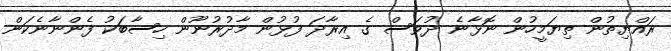
ރައްޔިތުން ތިޔަމީހުން ނޮޅާނެ ދުވަސް ގެ އިރާދަ ފުޅުން މާދުރުނޫން ހިސާބަކު ފެންނާނެކަން